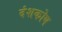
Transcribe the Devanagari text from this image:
दंशकोष